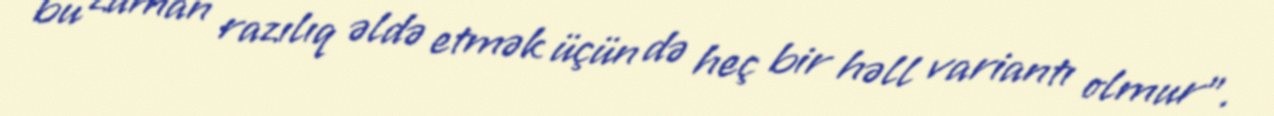
bu zaman razılıq əldə etmək üçün də heç bir həll variantı olmur”.